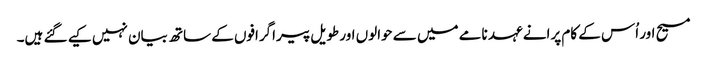
مسیح اور اُس کے کام پرانے عہد نامے میں سے حوالوں اور طویل پیراگرافوں کے ساتھ بیان نہیں کیے گئے ہیں۔